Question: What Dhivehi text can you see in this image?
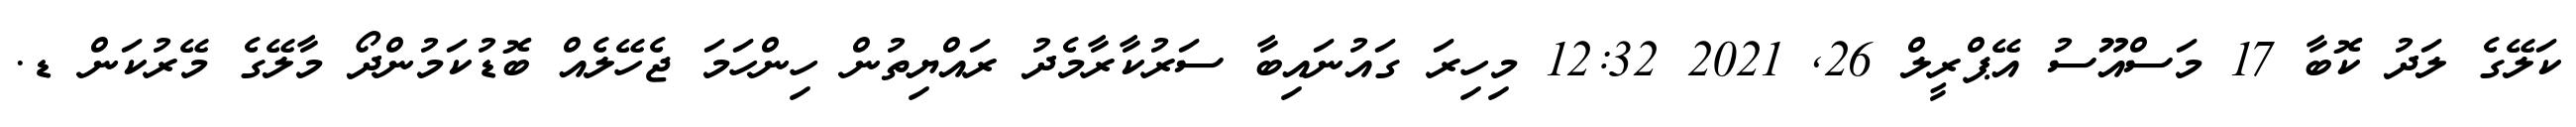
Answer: ކަލޭގެ ލަދު ކޮބާ 17 މަސްއޫސު އޭޕްރީލް 26, 2021 12:32 މިހިރަ ގައުނައިބާ ސަރުކާރާމެދު ރައްޔިތުން ހިންހަމަ ޖެހޭލެއް ބޮޑުކަމުންދޯ މާލޭގެ މޭރުކަން ޑ.